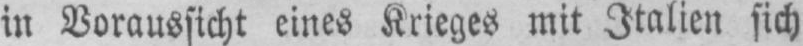
in Voraussicht eines Krieges mit Italien sich